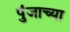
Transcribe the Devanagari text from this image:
पुंजाच्या